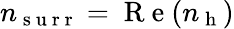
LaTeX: n_{\mathrm{~s~u~r~r~}}=\mathrm{~R~e~}(n_{\mathrm{~h~}})